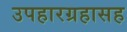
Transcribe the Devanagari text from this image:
उपहारग्रहासह